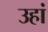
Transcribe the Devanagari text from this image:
उहां